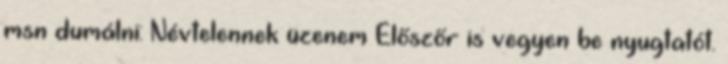
msn dumálni: Névtelennek üzenem Előszőr is vegyen be nyugtatót.